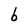
Character: b